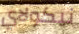
نيكولاي